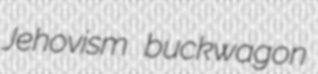
Jehovism buckwagon